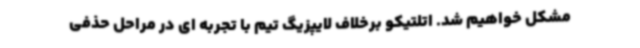
مشکل خواهیم شد. اتلتیکو برخلاف لایپزیگ تیم با تجربه ای در مراحل حذفی